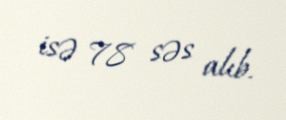
isə 78 səs alıb.